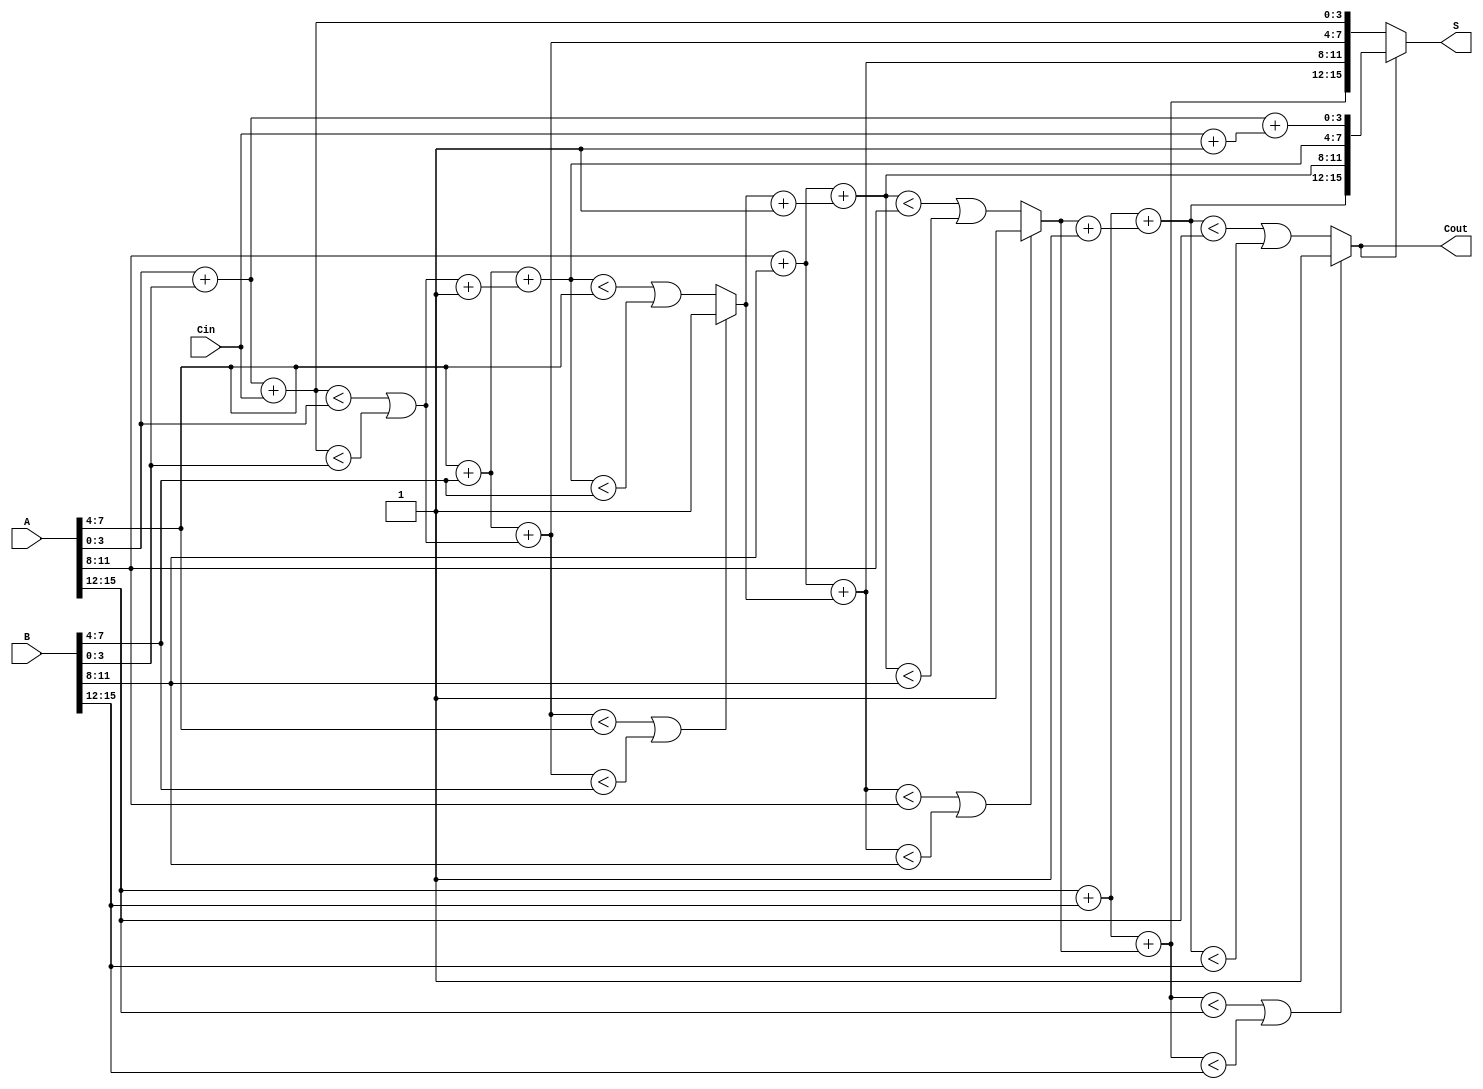
module CCSA_16bit (
    input [15:0] A,           // First operand
    input [15:0] B,           // Second operand
    input Cin,                // Carry input
    output [15:0] S,          // Sum output
    output Cout               // Carry output
);
    // Define intermediate carry and sum wires for groups
    wire [4:0] carry;         // Carries from each group
    wire [15:0] S0, S1;       // Sums when carry = 0 and carry = 1

    // Generate sum and carry for each group (4 bits each)
    genvar i;
    generate
        for (i = 0; i < 4; i = i + 1) begin: group
            wire [3:0] A_group = A[(i*4) +: 4];
            wire [3:0] B_group = B[(i*4) +: 4];

            // Partial sums and carry computation for carry 0
            wire [3:0] sum0 = A_group + B_group + (i == 0 ? Cin : carry[i-1]);
            wire carry0 = (sum0 < A_group) || (sum0 < B_group);

            // Partial sums and carry computation for carry 1
            wire [3:0] sum1 = A_group + B_group + (i == 0 ? Cin + 1 : carry[i-1] + 1);
            wire carry1 = (sum1 < A_group) || (sum1 < B_group);

            // Assigning sum outputs based on carry from previous group
            assign S0[(i*4) +: 4] = sum0;
            assign S1[(i*4) +: 4] = sum1;
            assign carry[i] = (i == 0) ? carry0 : (carry0 ? carry0 : carry1);
        end
    endgenerate

    // Final carry output
    assign Cout = carry[3];

    // Final sum output based on last generated carry
    assign S = (Cout) ? S1 : S0;

endmodule